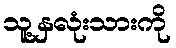
သူ့နှလုံးသားကို